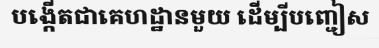
បង្កើតជាគេហដ្ឋានមួយ ដើម្បីបញ្ជៀស